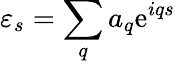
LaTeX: \varepsilon_{s}=\sum_{q}a_{q}\mathrm{e}^{iqs}